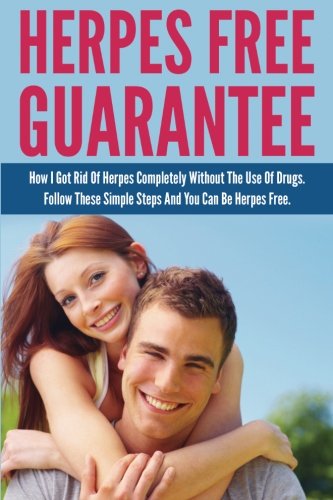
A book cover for Herpes Free Guarantee: How I Got Rid Of Herpes Completely Without The Use Of Drugs. Follow These Simple Steps You Can Be Herpes Free; Alicia Taylor; Health, Fitness & Dieting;